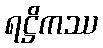
ရဋ္ဌိကဿ